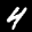
Label: 4